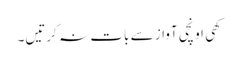
کھی اونچی آواز سے بات نہ کرتیں۔